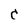
Character: C